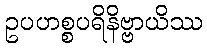
ဥပဟစ္စပရိနိဗ္ဗာယိဿ